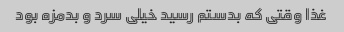
غذا وقتی که بدستم رسید خیلی سرد و بدمزه بود